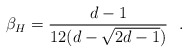
\begin{align*}\beta_H = {d-1\over 12 (d - \sqrt{2d-1})}~~.\end{align*}